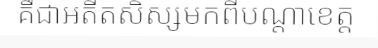
គឺជាអតីតសិស្សមកពីបណ្តាខេត្ត